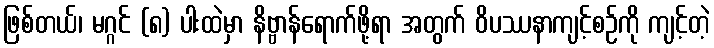
ဖြစ်တယ်၊ မဂ္ဂင် (၈) ပါးထဲမှာ နိဗ္ဗာန်ရောက်ဖို့ရာ အတွက် ဝိပဿနာကျင့်စဉ်ကို ကျင့်တဲ့